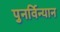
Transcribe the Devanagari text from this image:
पुनर्विन्यान